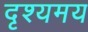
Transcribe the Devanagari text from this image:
दृश्यमय